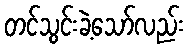
တင်သွင်းခဲ့သော်လည်း